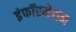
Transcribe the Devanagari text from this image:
इंफॉरमेशन